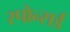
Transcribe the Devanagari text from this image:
स्पोन्सर्ड